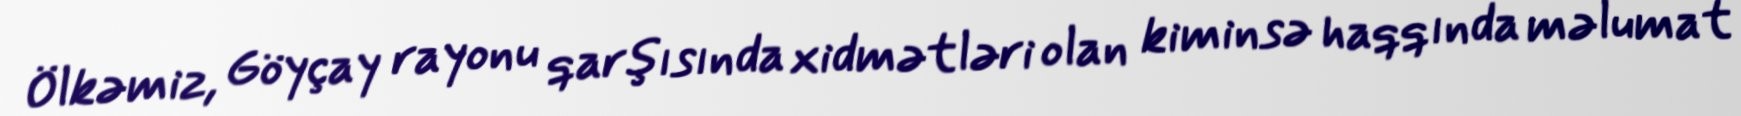
Ölkəmiz, Göyçay rayonu qarşısında xidmətləri olan kiminsə haqqında məlumat